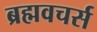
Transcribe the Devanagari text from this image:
ब्रह्मवचर्स